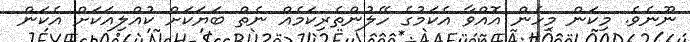
ނޫނެވެ. މިކަން މިހެން އޮއްވާ އެކަމުގެ ހޭލުންތެރިކަމެއް ނެތް ބަޔަކަށް ކުއްލިއަކަށް އެކަން